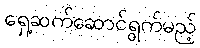
ရှေ့ဆက်ဆောင်ရွက်မည့်